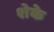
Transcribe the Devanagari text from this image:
शेके